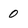
Character: 0